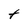
Character: t